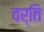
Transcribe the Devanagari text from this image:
वर्ति